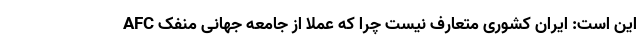
AFC این است: ایران کشوری متعارف نیست چرا که عملاً از جامعه جهانی منفک